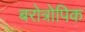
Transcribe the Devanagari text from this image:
बरोत्रोपिक